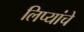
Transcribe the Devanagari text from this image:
लिप्यांचे